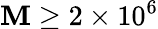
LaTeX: \mathbf{M}\geq2\times10^{6}